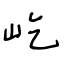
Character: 屹